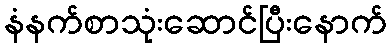
နံနက်စာသုံးဆောင်ပြီးနောက်